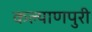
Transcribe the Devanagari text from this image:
कल्याणपुरी